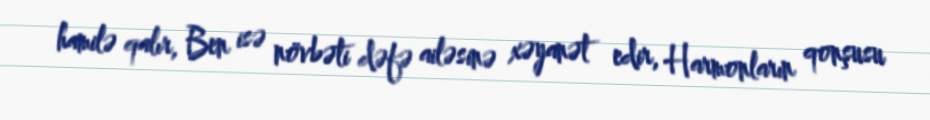
hamilə qalır, Ben isə növbəti dəfə ailəsinə xəyanət edir, Harmonların qonşusu